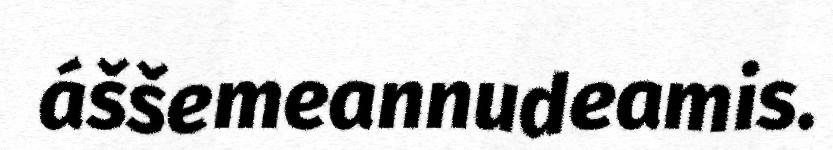
áššemeannudeamis.